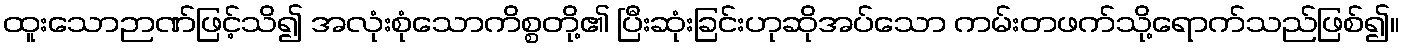
ထူးသောဉာဏ်ဖြင့်သိ၍ အလုံးစုံသောကိစ္စတို့၏ ပြီးဆုံးခြင်းဟုဆိုအပ်သော ကမ်းတဖက်သို့ရောက်သည်ဖြစ်၍။